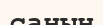
санын